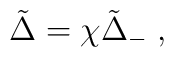
\tilde \Delta = \chi {\tilde \Delta}_{-}  \; ,